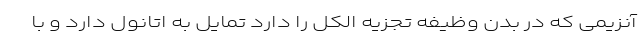
آنزیمی که در بدن وظیفه تجزیه الکل را دارد تمایل به اتانول دارد و با